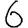
Digit: 6